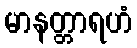
မာနတ္တာရဟံ